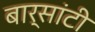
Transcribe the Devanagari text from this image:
बार्सांटी